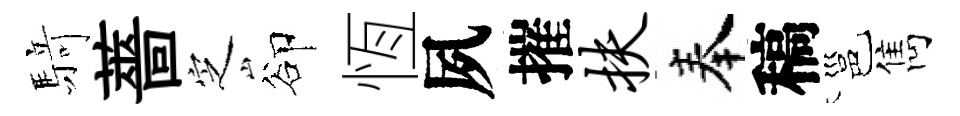
𮪍薔㝎卻恆夙摧扶奉稿邕雋